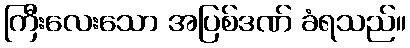
ကြီးလေးသော အပြစ်ဒဏ် ခံရသည်။